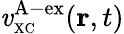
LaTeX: \mathit{v}_{\scriptscriptstyle\mathrm{{XC}}}^{\mathrm{{A-ex}}}({\mathbf{r}},t)